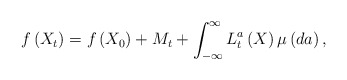
\begin{align*} f\left(X_t\right) = f\left(X_0\right) + M_t + \int_{-\infty}^{\infty} L_t^a\left(X\right) \mu \left(da\right), \end{align*}